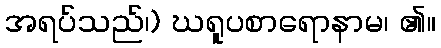
အရပ်သည်၊) ဃရူပစာရောနာမ၊ ၏။